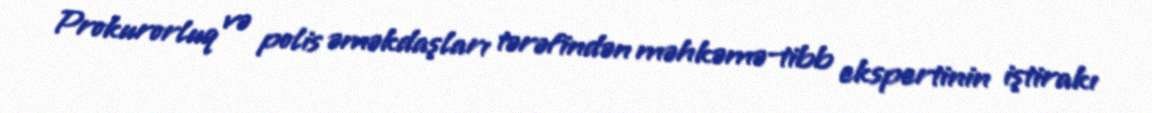
Prokurorluq və polis əməkdaşları tərəfindən məhkəmə-tibb ekspertinin iştirakı